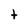
Character: t